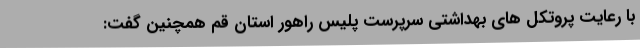
با رعایت پروتکل های بهداشتی سرپرست پلیس راهور استان قم همچنین گفت: